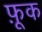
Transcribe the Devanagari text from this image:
फ़ूक